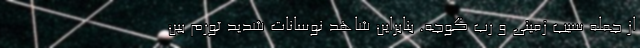
از جمله سیب زمینی و رب گوجه. بنابراین شاهد نوسانات شدید تورم بین